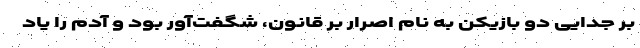
بر جدایی دو بازیکن به نام اصرار بر قانون، شگفت‌آور بود و آدم را یاد